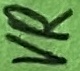
Text: VR